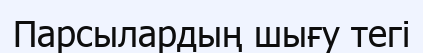
Парсылардың шығу тегі